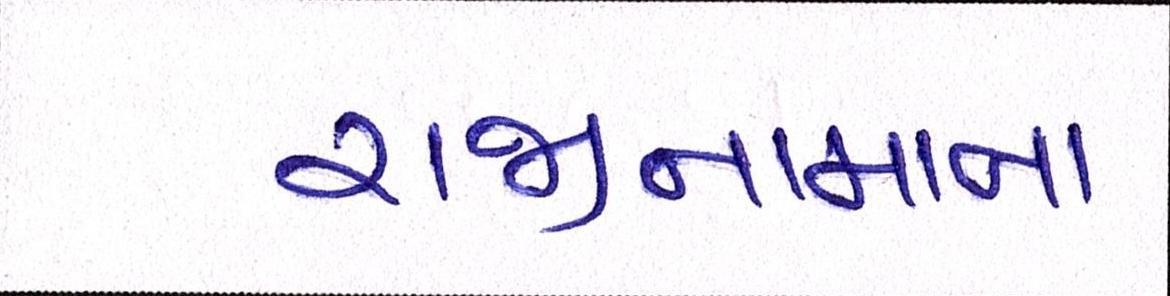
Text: રાજીનામાના